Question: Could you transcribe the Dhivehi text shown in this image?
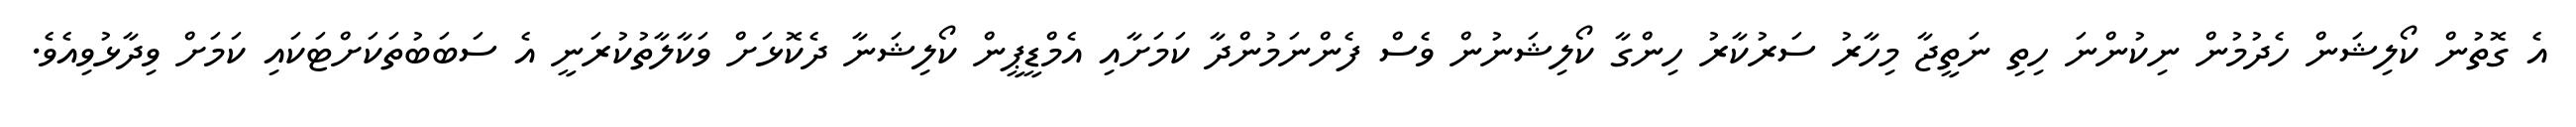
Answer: އެ ގޮތުން ކޯލިޝަން ހެދުމުން ނިކުންނަ ހިތި ނަތީޖާ މިހާރު ސަރުކާރު ހިންގާ ކޯލިޝަނުން ވެސް ފެންނަމުންދާ ކަމަށާއި އެމްޑީޕީން ކޯލިޝަނާ ދެކޮޅަށް ވަކާލާތުކުރަނީ އެ ސަބަބުތަކަށްޓަކައި ކަމަށް ވިދާޅުވިއެވެ.